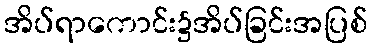
အိပ်ရာကောင်း၌အိပ်ခြင်းအပြစ်